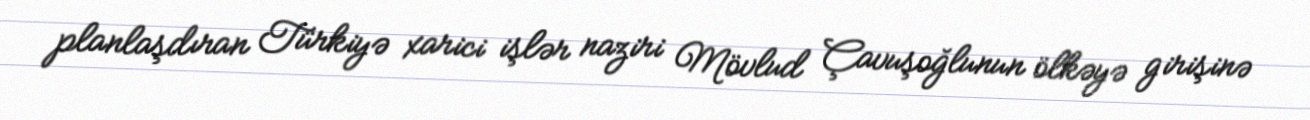
planlaşdıran Türkiyə xarici işlər naziri Mövlud Çavuşoğlunun ölkəyə girişinə